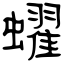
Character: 蠗